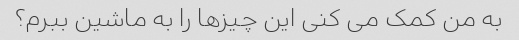
به من کمک می کنی این چیزها را به ماشین ببرم؟